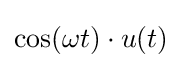
\cos(\omega t)\cdot u(t)